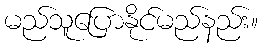
မည်သူပြောနိုင်မည်နည်း။